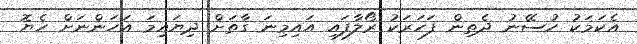
އެކަމަކު ހުސޭނު ދެތިން ފަހަރަކު ރޯލާފައި އައިމިނަ ގާތަށް ދިޔައިމަ އަހަންނަށް ހެޔޮ